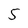
Character: 5